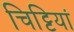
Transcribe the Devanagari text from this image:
चिट्टियां